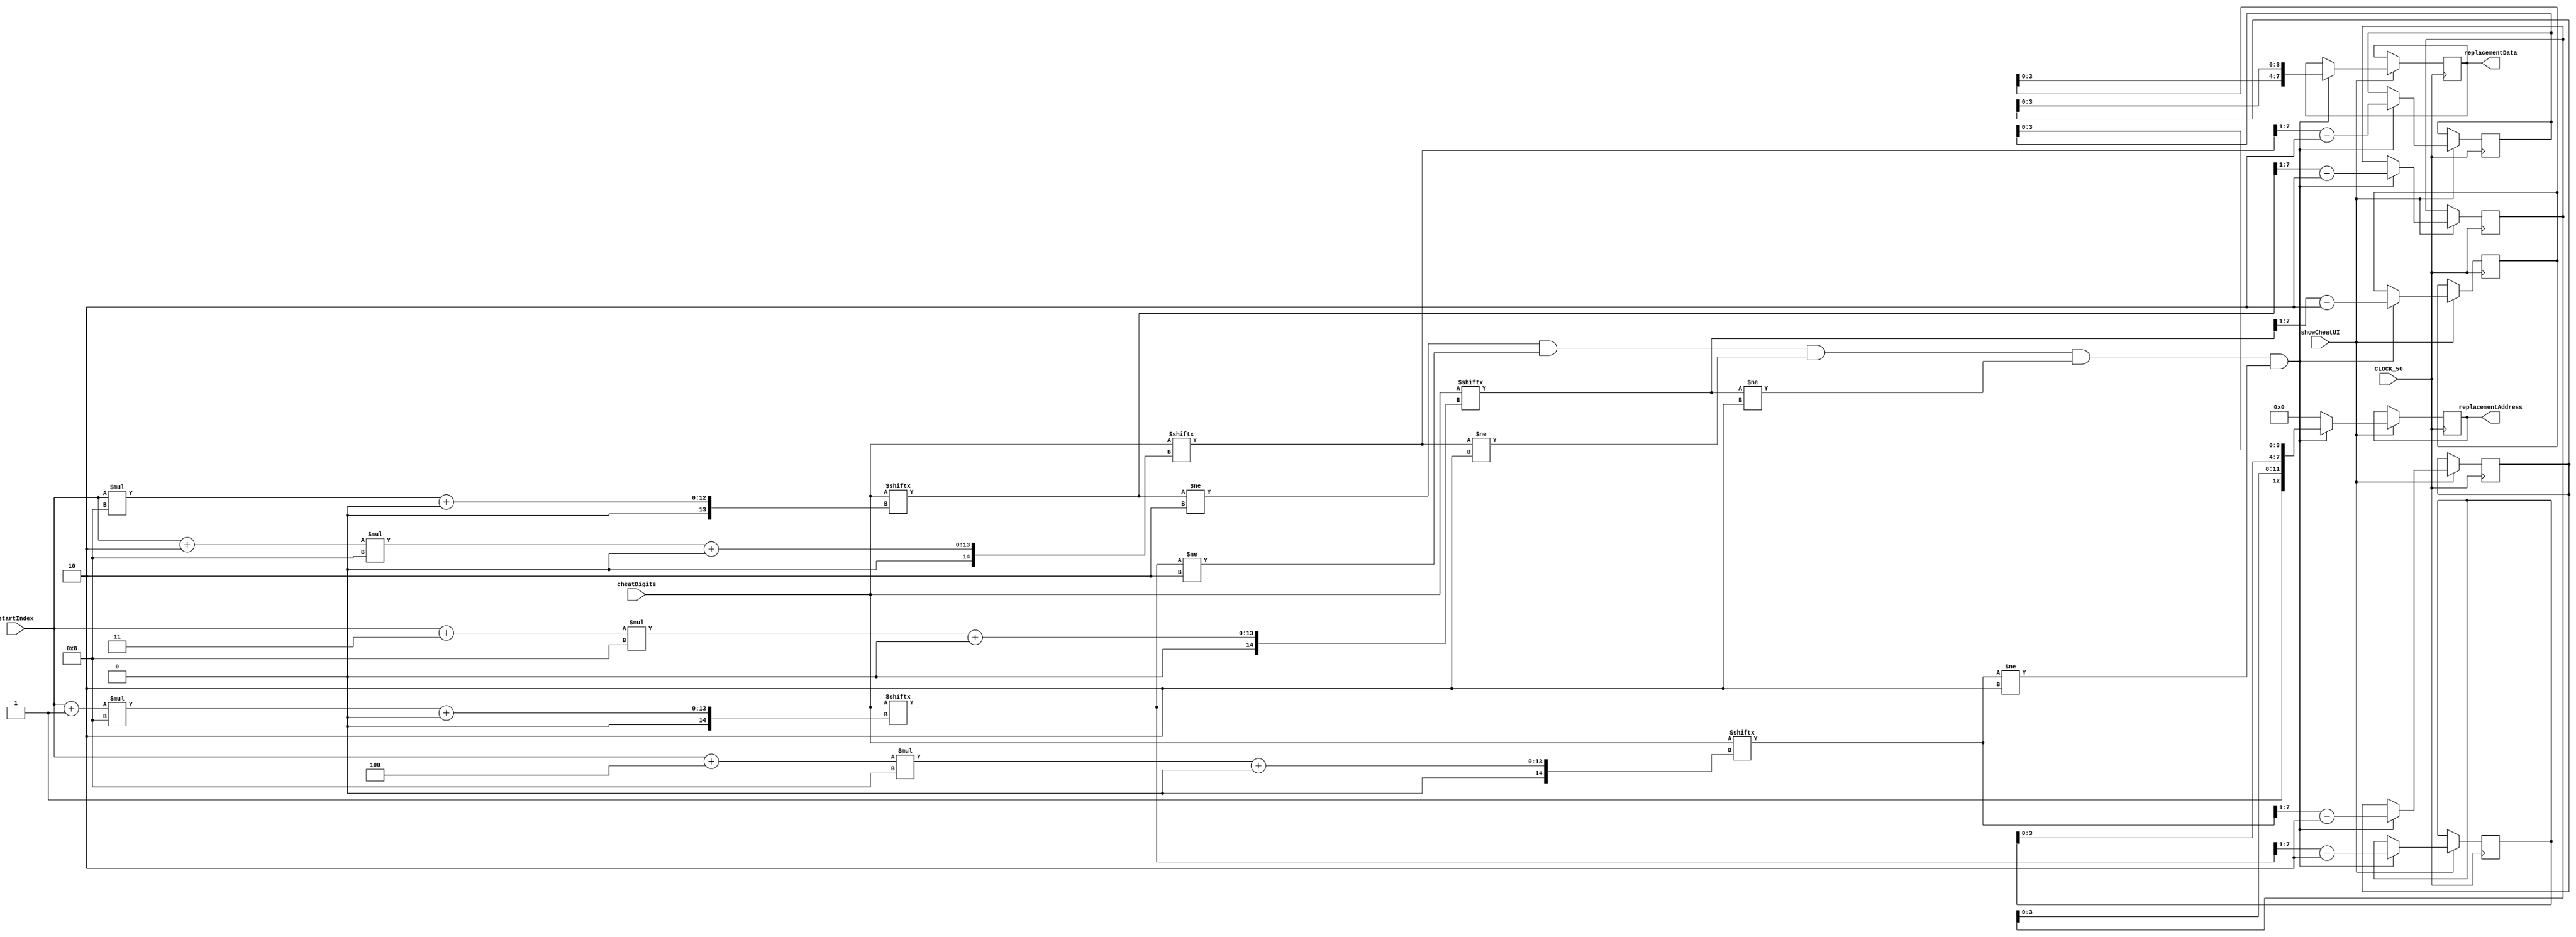
module CheatCode(
	input CLOCK_50,
	input showCheatUI,
	input [119:0] cheatDigits,
	input [7:0] startIndex,
	output reg [12:0] replacementAddress,
	output reg [7:0] replacementData
);

reg [7:0] cheatDigits0, cheatDigits1, cheatDigits2, cheatDigits3, cheatDigits4;

always @(posedge CLOCK_50)
begin
	if (showCheatUI)
		begin	
			if (cheatDigits[startIndex * 8 +: 8] != 8'h02 &&
				cheatDigits[(startIndex + 1) * 8 +: 8] != 8'h02 &&
				cheatDigits[(startIndex + 2) * 8 +: 8] != 8'h02 &&
				cheatDigits[(startIndex + 3) * 8 +: 8] != 8'h02 &&
				cheatDigits[(startIndex + 4) * 8 +: 8] != 8'h02)
				begin
					cheatDigits0 <= (cheatDigits[startIndex * 8 +: 8] >> 1) - 8'd2;
					cheatDigits1 <= (cheatDigits[(startIndex + 1) * 8 +: 8] >> 1) - 8'd2;
					cheatDigits2 <= (cheatDigits[(startIndex + 2) * 8 +: 8] >> 1) - 8'd2;
					cheatDigits3 <= (cheatDigits[(startIndex + 3) * 8 +: 8] >> 1) - 8'd2;
					cheatDigits4 <= (cheatDigits[(startIndex + 4) * 8 +: 8] >> 1) - 8'd2;

					replacementAddress <= { 1'b1, cheatDigits0[3:0], cheatDigits1[3:0], cheatDigits2[3:0]	};			
					replacementData <= { cheatDigits3[3:0], cheatDigits4[3:0] };
				end
			else
				replacementAddress <= 0;
	end
end

endmodule